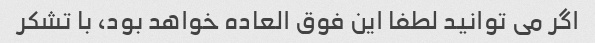
اگر می توانید لطفا این فوق العاده خواهد بود، با تشکر